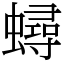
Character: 蟳